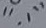
Text: "-1"